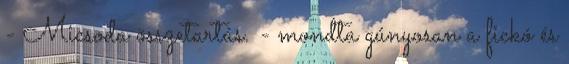
- Micsoda összetartás. - mondta gúnyosan a fickó és